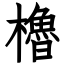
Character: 櫓